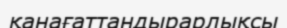
қанағаттандырарлықсы